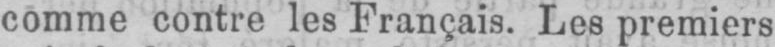
comme contre les Français. Les premiers